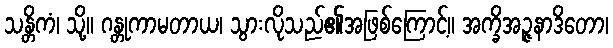
သန္တိကံ၊ သို့။ ဂန္တုကာမတာယ၊ သွားလိုသည်၏အဖြစ်ကြောင့်။ အက္ခိအဉ္ဇနာဒိတော၊